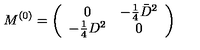
M ^ { ( 0 ) } = \left( \begin{array} { c c } { 0 } & { - \frac { 1 } { 4 } \bar { D } ^ { 2 } } \\ { - \frac { 1 } { 4 } D ^ { 2 } } & { 0 } \\ \end{array} \right) \nonumber